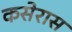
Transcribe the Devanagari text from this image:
कसेरास